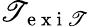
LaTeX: \mathscr{T}_{\mathrm{{~e~x~i~\mathscr{T}~}}}